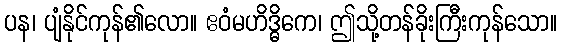
ပန၊ ပျံနိုင်ကုန်၏လော။ ဧဝံမဟိဒ္ဓိကေ၊ ဤသို့တန်ခိုးကြီးကုန်သော။